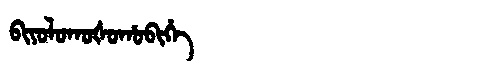
Manchu: ᠪᡳᠶᠣᠯᠣᡴᠣᡧᠣᡥᠣᠪᡳᡥᡝ
Romanization: BIYOLOKOŠOHOBIHE